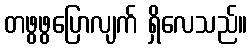
တဖွဖွပြောလျက် ရှိလေသည်။